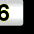
Digit: 6